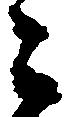
ニ